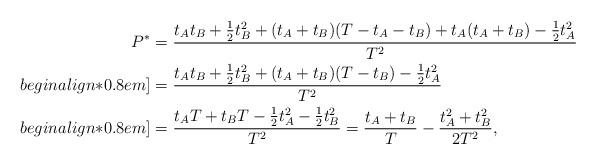
LaTeX: \begin{align*}P^* &= \dfrac{ t_At_B + \frac{1}{2}t_B^2 +(t_A + t_B)( T - t_A - t_B) + t_A(t_A + t_B) - \frac{1}{2}t_A^2 }{T^2} \\begin{align*}0.8em] &= \dfrac{ t_At_B + \frac{1}{2}t_B^2 +(t_A + t_B)( T - t_B) - \frac{1}{2}t_A^2 }{T^2} \\begin{align*}0.8em] &= \dfrac{ t_AT + t_BT - \frac{1}{2}t_A^2 - \frac{1}{2}t_B^2 }{T^2} = \dfrac{ t_A + t_B }{T} - \dfrac{ t_A^2 + t_B^2 }{2T^2},\end{align*}